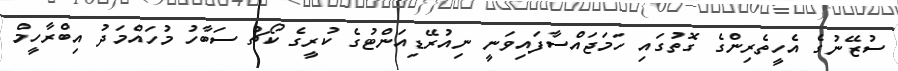
ސުޒޭނުގެ އެހީތެރިންގެ ގޮތުގައި ހަމަޖައްސާފައިވަނީ ނިއުރޭޑިއަންޓުގެ ކުރީގެ ކޯޗު ސަބާހު މުހައްމަދު އިބްރާހީމް